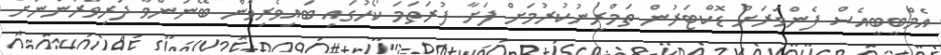
އެމްބީބީއެސް ފެންވަރަށް ޑޮކްޓަރުން ތަމްރީނުކުރުމަށް ފަށާ ފުރަތަމަ ކޯހުގައި ބައިވެރިވާން ބޭނުންވާ ދަރިވަރުންނަށް